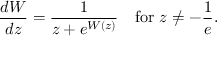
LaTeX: { \frac { d W } { d z } } = { \frac { 1 } { z + e ^ { W ( z ) } } } \quad { \mathrm { f o r ~ } } z \neq - { \frac { 1 } { e } } .